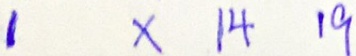
1 \times 1 4 1 9